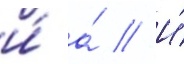
и́ а́ // И́